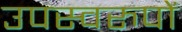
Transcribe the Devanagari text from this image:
उपस्वरुपों